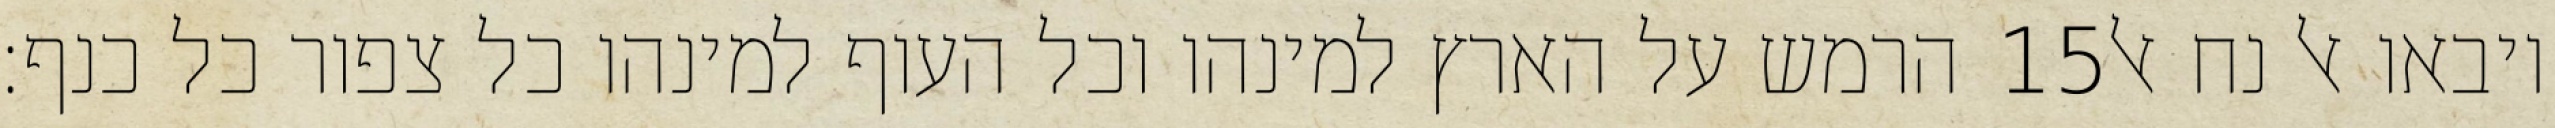
הרמש על הארץ למינהו וכל העוף למינהו כל צפור כל כנף׃ ‎15‏ ויבאו אל נח אל